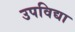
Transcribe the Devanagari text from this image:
उपविद्या